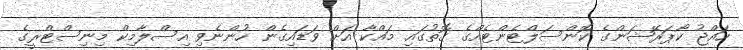
ހައްޖު ކޯޕަރޭޝަންގެ ކޮންސަލްޓެންޓެއްގެ ގޮތުގައި މައްކާ އަށް ވަޑައިގެން ހުންނެވި އިސްލާމިކް މިނިސްޓްރީގެ